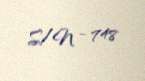
S/N - 748